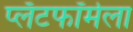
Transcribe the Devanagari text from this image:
प्लॅटफॉर्मला